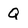
Character: Q